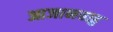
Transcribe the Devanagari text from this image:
आजानबाहु